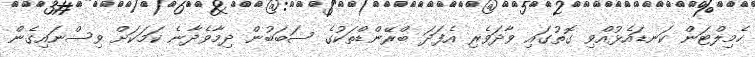
ހެމިލްޓަން ކަނޑައެޅުއްވި ގޮތުގައި ވާދަވެރި އެފަދަ ބްރޭންޑްތަކުގެ ސަބަބުން ދިމާވެދާނެ ކަމަކަށް ވިސްނައިގެން